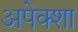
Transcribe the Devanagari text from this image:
अपेक्शा